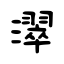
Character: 濢